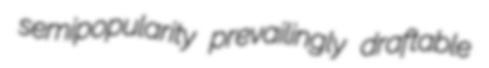
semipopularity prevailingly draftable